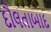
દૌલતાબાદ